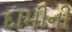
દામીની